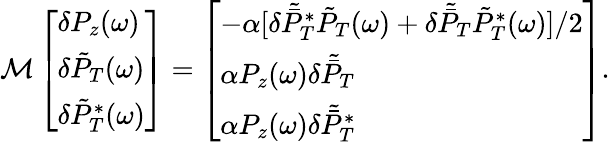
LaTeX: \begin{array}{r}{\mathcal M\left[\begin{array}{l}{\delta P_{z}(\omega)}\\ {\delta\tilde{P}_{T}(\omega)}\\ {\delta\tilde{P}_{T}^{*}(\omega)}\end{array}\right]=\left[\begin{array}{l}{-\alpha[\delta\tilde{\bar{P}}_{T}^{*}\tilde{P}_{T}(\omega)+\delta\tilde{\bar{P}}_{T}\tilde{P}_{T}^{*}(\omega)]/2}\\ {\alpha P_{z}(\omega)\delta\tilde{\bar{P}}_{T}}\\ {\alpha P_{z}(\omega)\delta\tilde{\bar{P}}_{T}^{*}}\end{array}\right].}\end{array}